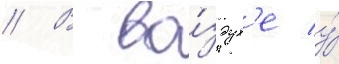
// В во́здух'е у́